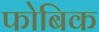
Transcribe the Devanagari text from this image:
फोबिक